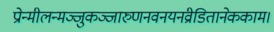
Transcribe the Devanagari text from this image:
प्रोन्मीलन्मञ्जुकञ्जारुणनवनयनव्रीडितानेककाम।